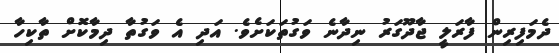
ދެމަފިރިން ފާރަލީ ޖާދޫގަރު ނިދާނެ ވަގުތަކަށެވެ. އަދި އެ ވަގުތާ ދިމާކޮށް ތާކިހާ